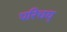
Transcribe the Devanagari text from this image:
परिचय्